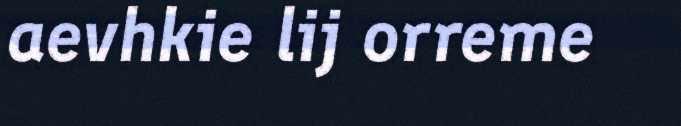
aevhkie lij orreme